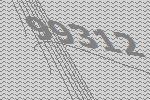
99312